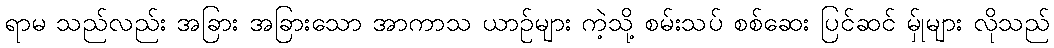
ရာမ သည်လည်း အခြား အခြားသော အာကာသ ယာဉ်များ ကဲ့သို့ စမ်းသပ် စစ်ဆေး ပြင်ဆင် မ်ှုများ လိုသည်